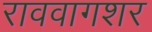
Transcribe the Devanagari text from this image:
राववागशर